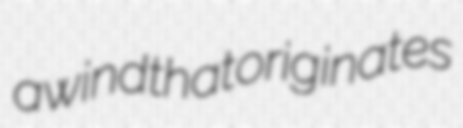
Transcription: a wind that originates